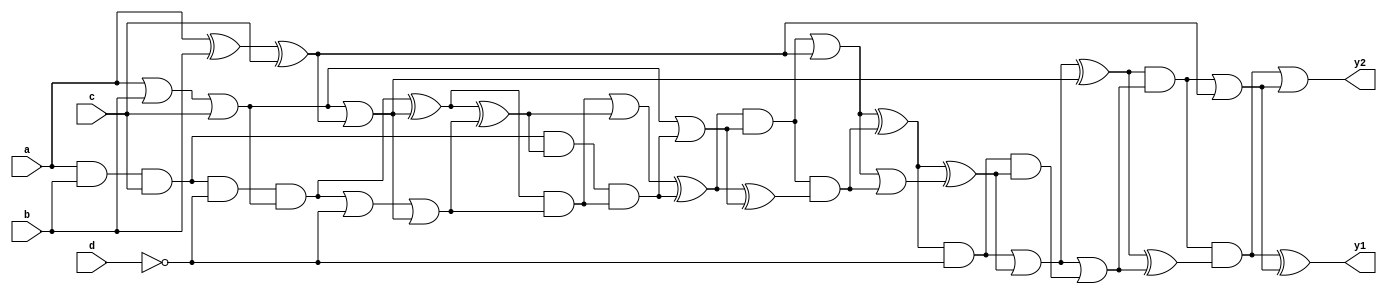
module case10 (a,b,c,d,y1,y2);

    input a;
    input b;
    input c;
    input d;
    output y1;
    output y2;


    wire n1, n2, n3, n4, n5, n6, n7, n8, n9, n10, n11, n12, n13, n14, n15, n16, n17, n18, n19, n20, n21, n22, n23, n24, n25, n26, n27, n28, n29, n30;

    assign n1 = a & b & c;
    assign n2 = ~d;
    assign n3 = a | b | c;
    assign n4 = a ^ b ^ c;
    assign n5 = n1 & n2 & n3;
    assign n6 = n3 | n4;
    assign n7 = n5 ^ n6;
    assign n8 = n5 | n2 | n6;
    assign n9 = n7 & n8;
    assign n10 = n7 ^ n8;
    assign n11 = n9 | n10;
    assign n12 = n1 & n10 & n9;
    assign n13 = n11 ^ n12;
    assign n14 = n3 | n12;
    assign n15 = n13 & n14;
    assign n16 = n13 ^ n14;
    assign n17 = n15 | n4;
    assign n18 = n15 & n16;
    assign n19 = n17 ^ n18;
    assign n20 = n17 | n18;
    assign n21 = n19 & n2;
    assign n22 = n19 ^ n20;
    assign n23 = n21 | n22;
    assign n24 = n21 & n22;
    assign n25 = n23 ^ n6;
    assign n26 = n23 | n24;
    assign n27 = n25 & n26;
    assign n28 = n25 ^ n26;
    assign n29 = n27 | n4;
    assign n30 = n27 & n28;

    assign y1 = n30 ^ n29;
    assign y2 = n30 | n29;

endmodule